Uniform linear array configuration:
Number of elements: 12
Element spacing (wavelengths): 1
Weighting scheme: hann
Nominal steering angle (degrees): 15
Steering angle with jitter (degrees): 16.664
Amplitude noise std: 0.05
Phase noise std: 0.05

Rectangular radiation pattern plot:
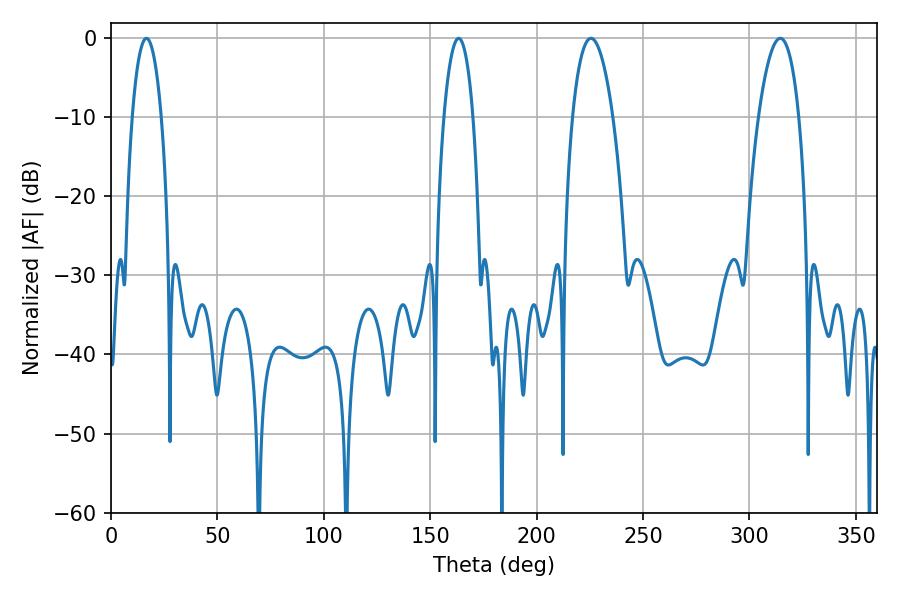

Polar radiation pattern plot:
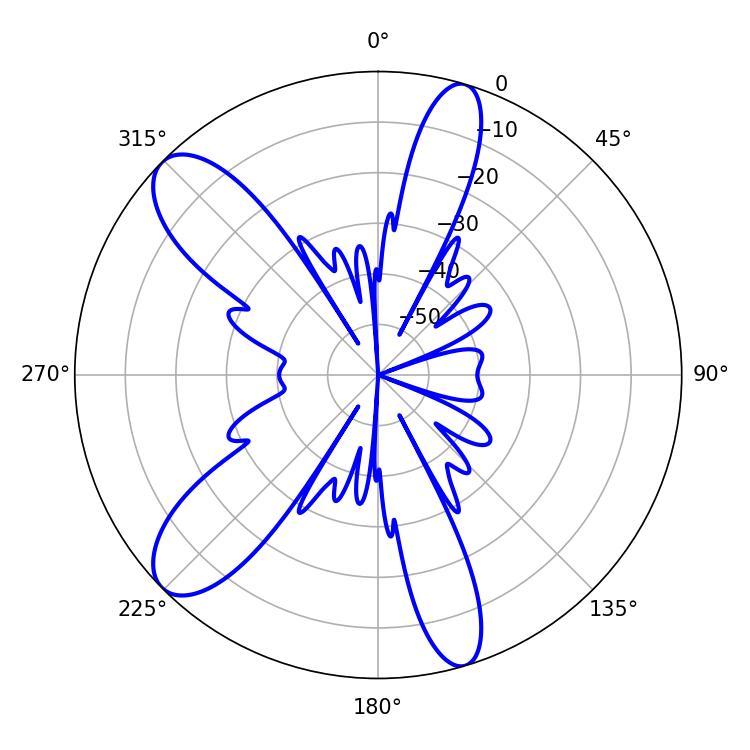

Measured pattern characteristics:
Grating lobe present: TRUE
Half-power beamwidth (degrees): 10.62
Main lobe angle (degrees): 225.54